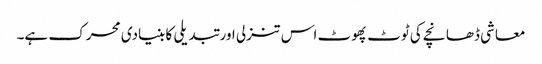
معاشی ڈھانچے کی ٹوٹ پھوٹ اس تنزلی اور تبدیلی کا بنیادی محرک ہے۔